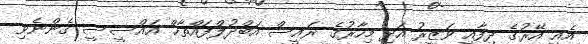
އެއީ އޭރުގެ ދިފާއީ ވަޒީރު އަދި މިހާރުގެ ރައީސް އަބްދުލްފައްތާޙް އައްސީސީ ގެންނެވި